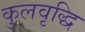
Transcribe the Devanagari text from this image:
कुलवृद्धि